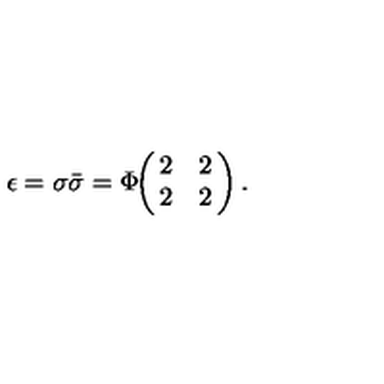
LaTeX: \epsilon = \sigma \bar { \sigma } = \Phi \! \! \left( \! \! \begin{array} { c c } { 2 } & { 2 } \\ { 2 } & { 2 } \\ \end{array} \! \! \right) .